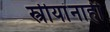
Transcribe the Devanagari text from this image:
स्त्रीयांनाही